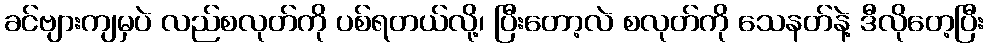
ခင်ဗျားကျမှပဲ လည်စလုတ်ကို ပစ်ရတယ်လို့၊ ပြီးတော့လဲ စလုတ်ကို သေနတ်နဲ့ ဒီလိုတေ့ပြီး